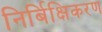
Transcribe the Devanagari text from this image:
निर्बिक्षिकरण